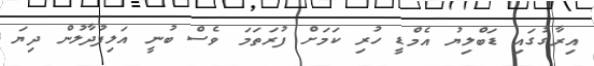
އިރާގުގައި ޑަބްލިޔު އެމްޑީ ހުރި ކަމަށް ފުރަތަމަ ވެސް ބުނީ އަލިފުދާލުން ދިޔަ